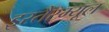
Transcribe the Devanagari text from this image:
इस्तैस्म्यूल